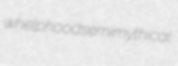
whelphood semimythical